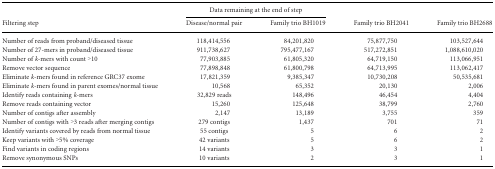
<table><thead><tr><td></td><td colspan="2"><b>Data remaining at the end of step</b></td><td></td><td></td></tr><tr><td><b>Filtering step</b></td><td><b>Disease/normal pair</b></td><td><b>Family trio BH1019</b></td><td><b>Family trio BH2041</b></td><td><b>Family trio BH2688</b></td></tr></thead><tbody><tr><td>Number of reads from proband/diseased tissue</td><td>118,414,556</td><td>84,201,820</td><td>75,877,750</td><td>103,527,644</td></tr><tr><td>Number of 27-mers in proband/diseased tissue</td><td>911,738,627</td><td>795,477,167</td><td>517,272,851</td><td>1,088,610,020</td></tr><tr><td>Number of <i>k</i>-mers with count &gt;10</td><td>77,903,885</td><td>61,805,320</td><td>64,719,150</td><td>113,066,951</td></tr><tr><td>Remove vector sequence</td><td>77,898,848</td><td>61,800,798</td><td>64,713,995</td><td>113,062,417</td></tr><tr><td>Eliminate <i>k</i>-mers found in reference GRC37 exome</td><td>17,821,359</td><td>9,385,347</td><td>10,730,208</td><td>50,535,681</td></tr><tr><td>Eliminate <i>k</i>-mers found in parent exomes/normal tissue</td><td>10,568</td><td>65,352</td><td>20,130</td><td>2,006</td></tr><tr><td>Identify reads containing <i>k</i>-mers</td><td>32,829 reads</td><td>148,496</td><td>46,454</td><td>4,404</td></tr><tr><td>Remove reads containing vector</td><td>15,260</td><td>125,648</td><td>38,799</td><td>2,760</td></tr><tr><td>Number of contigs after assembly</td><td>2,147</td><td>13,189</td><td>3,755</td><td>359</td></tr><tr><td>Number of contigs with &gt;3 reads after merging contigs</td><td>279 contigs</td><td>1,437</td><td>701</td><td>71</td></tr><tr><td>Identify variants covered by reads from normal tissue</td><td>55 contigs</td><td>5</td><td>6</td><td>2</td></tr><tr><td>Keep variants with &gt;5% coverage</td><td>42 variants</td><td>5</td><td>6</td><td>2</td></tr><tr><td>Find variants in coding regions</td><td>14 variants</td><td>3</td><td>3</td><td>1</td></tr><tr><td>Remove synonymous SNPs</td><td>10 variants</td><td>2</td><td>3</td><td>1</td></tr></tbody></table>